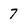
Character: 7